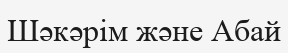
Шәкәрім және Абай